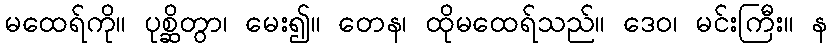
မထေရ်ကို။ ပုစ္ဆိတွာ၊ မေး၍။ တေန၊ ထိုမထေရ်သည်။ ဒေဝ၊ မင်းကြီး။ န